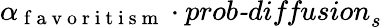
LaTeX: \alpha_{\mathrm{~f~a~v~o~r~i~t~i~s~m~}}\cdot\textit{prob-diffusion}_{s}